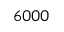
6 0 0 0